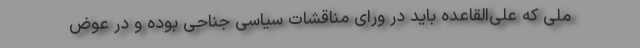
ملی که علی‌القاعده باید در ورای مناقشات سیاسی جناحی بوده و در عوض